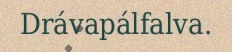
Drávapálfalva.